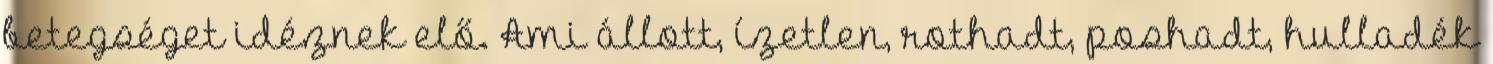
betegséget idéznek elő. Ami állott, ízetlen, rothadt, poshadt, hulladék